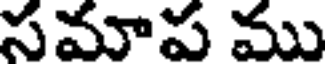
సమాప ము